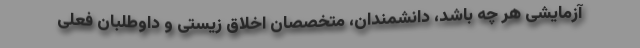
آزمایشی هر چه باشد، دانشمندان، متخصصان اخلاق زیستی و داوطلبان فعلی